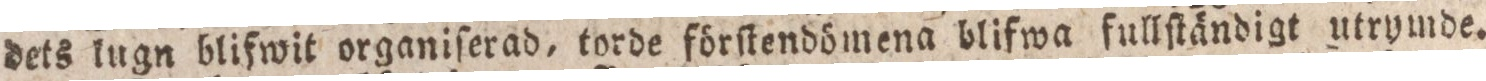
dets lugn blifwit organiſerad, torde förſtendömena blifwa fullſtändigt utrymde.